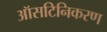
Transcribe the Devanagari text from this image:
ऑसटिनिकरण